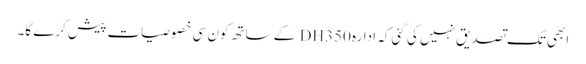
ابھی تک تصدیق نہیں کی گئی کہ ادارہ DH350 کے ساتھ کون سی خصوصیات پیش کرے گا۔